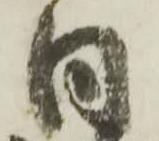
日